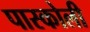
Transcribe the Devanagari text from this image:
पास्कोली